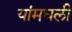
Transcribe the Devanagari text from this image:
यांमधली